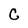
Character: C